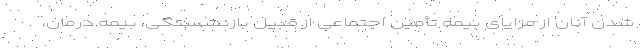
شدن آنان از مزایای بیمه تأمین اجتماعی از قبیل بازنشستگی، بیمه درمان،